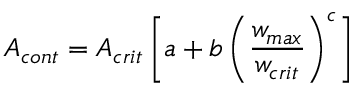
A _ { c o n t } = A _ { c r i t } \left[ a + b \left( \frac { w _ { m a x } } { w _ { c r i t } } \right) ^ { c } \right]